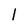
Character: 1